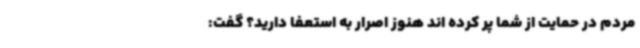
مردم در حمایت از شما پر کرده اند هنوز اصرار به استعفا دارید؟ گفت: